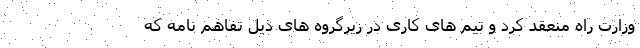
وزارت راه منعقد کرد و تیم های کاری در زیرگروه های ذیل تفاهم نامه که